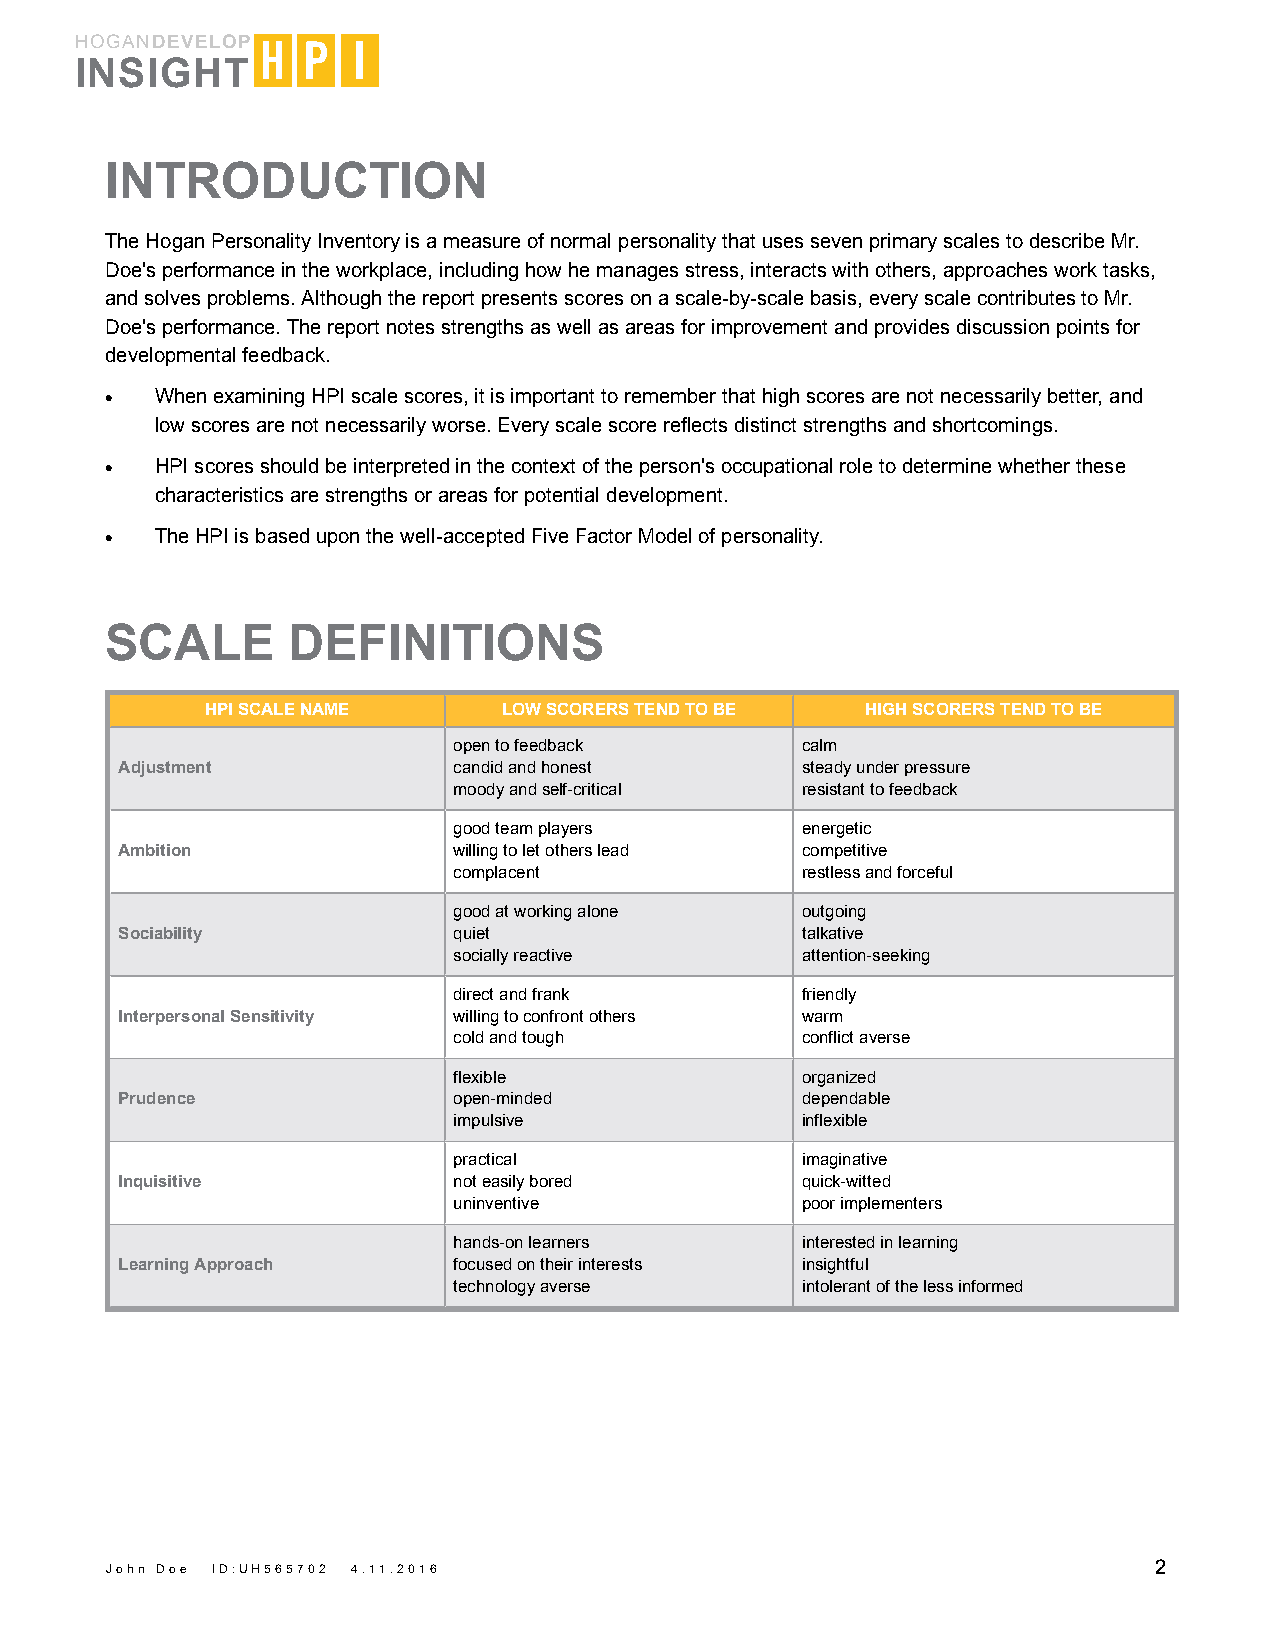
HOGANDEVELOP
 INSIGHT
 INTRODUCTION
 The Hogan Personality Inventory is a measure of normal personality that uses seven primary scales to describe Mr.
 Doe's performance in the workplace, including how he manages stress, interacts with others, approaches work tasks,
 and solves problems. Although the report presents scores on a scale-by-scale basis, every scale contributes to Mr.
 Doe's performance. The report notes strengths as well as areas for improvement and provides discussion points for
 developmental feedback.
 •  When examining HPI scale scores, it is important to remember that high scores are not necessarily better, and
 low scores are not necessarily worse. Every scale score reflects distinct strengths and shortcomings.
 •  HPI scores should be interpreted in the context of the person's occupational role to determine whether these
 characteristics are strengths or areas for potential development.
 •  The HPI is based upon the well-accepted Five Factor Model of personality.
 SCALE       DEFINITIONS
 HPI SCALE NAME     LOW SCORERS TEND TO BE  HIGH SCORERS TEND TO BE
 open to feedback       calm
 Adjustment            candid and honest      steady under pressure
 moody and self-critical resistant to feedback
 good team players      energetic
 Ambition              willing to let others lead competitive
 complacent             restless and forceful
 good at working alone  outgoing
 Sociability           quiet                  talkative
 socially reactive      attention-seeking
 direct and frank       friendly
 Interpersonal Sensitivity willing to confront others warm
 cold and tough         conflict averse
 flexible               organized
 Prudence              open-minded            dependable
 impulsive              inflexible
 practical              imaginative
 Inquisitive           not easily bored       quick-witted
 uninventive            poor implementers
 hands-on learners      interested in learning
 Learning Approach     focused on their interests insightful
 technology averse      intolerant of the less informed
 John Doe ID:UH565702 4.11.2016                                       2